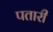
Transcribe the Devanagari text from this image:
पतारी